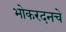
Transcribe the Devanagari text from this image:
भोकरदनचे